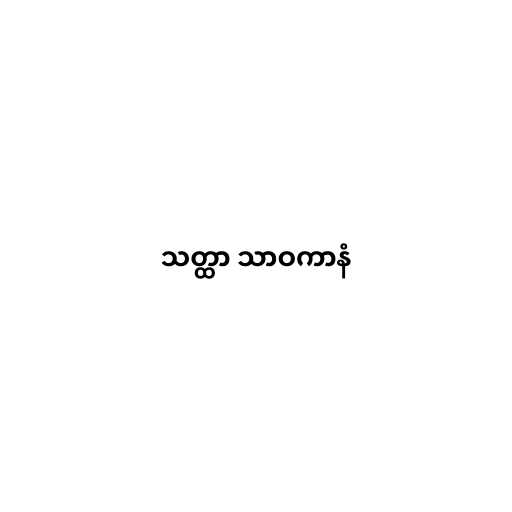
သတ္ထာ သာဝကာနံ